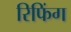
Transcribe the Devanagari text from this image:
रिफिंग